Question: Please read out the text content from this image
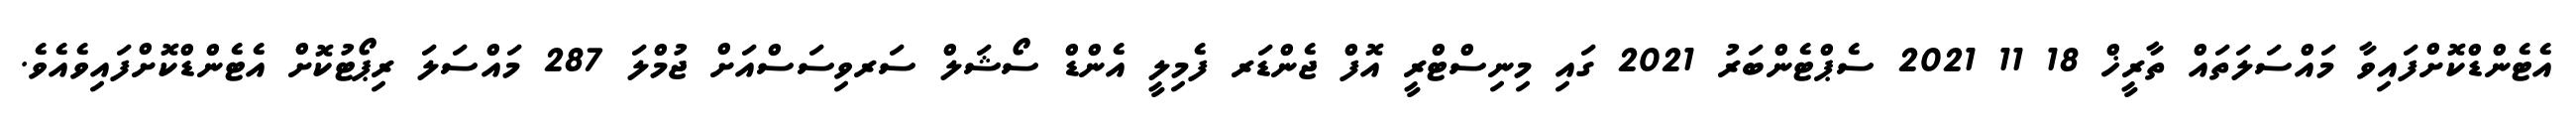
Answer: އެޓެންޑްކޮށްފައިވާ މައްސަލަތައް ތާރީޚް 18 11 2021 ސެޕްޓެންބަރު 2021 ގައި މިނިސްޓްރީ އޮފް ޖެންޑަރ ފެމިލީ އެންޑް ސޯޝަލް ސަރވިސަސްއަށް ޖުމްލަ 287 މައްސަލަ ރިޕޯޓުކޮށް އެޓެންޑްކޮށްފައިވެއެވެ.